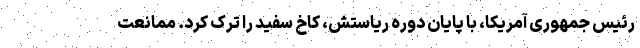
رئیس جمهوری آمریکا، با پایان دوره ریاستش، کاخ سفید را ترک کرد. ممانعت